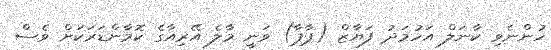
ހުންނެވި ކާނަލް އަހުމަދު ފަޔާޒް (ޕާޕާ) ވަނީ މާލެ އޭރިއާގެ ކޮމާންޑަރަކަށް ވެސް